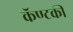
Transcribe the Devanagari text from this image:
कॅण्टकी